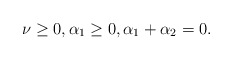
\begin{align*}\nu\geq 0, \alpha_1\geq 0,\alpha_1+\alpha_2=0.\end{align*}